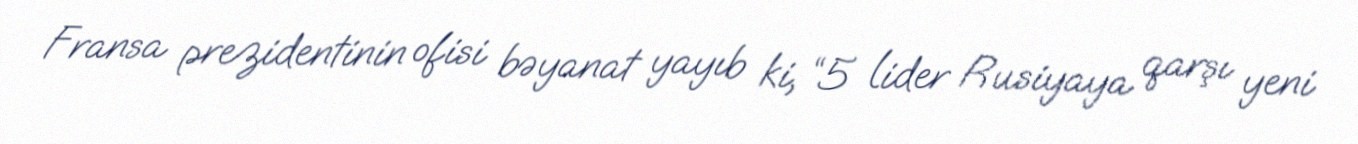
Fransa prezidentinin ofisi bəyanat yayıb ki, “5 lider Rusiyaya qarşı yeni